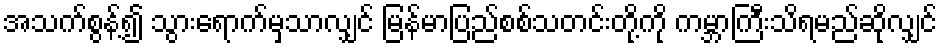
အသက်စွန့်၍ သွားရောက်မှသာလျှင် မြန်မာပြည်စစ်သတင်းတို့ကို ကမ္ဘာကြီးသိရမည်ဆိုလျှင်